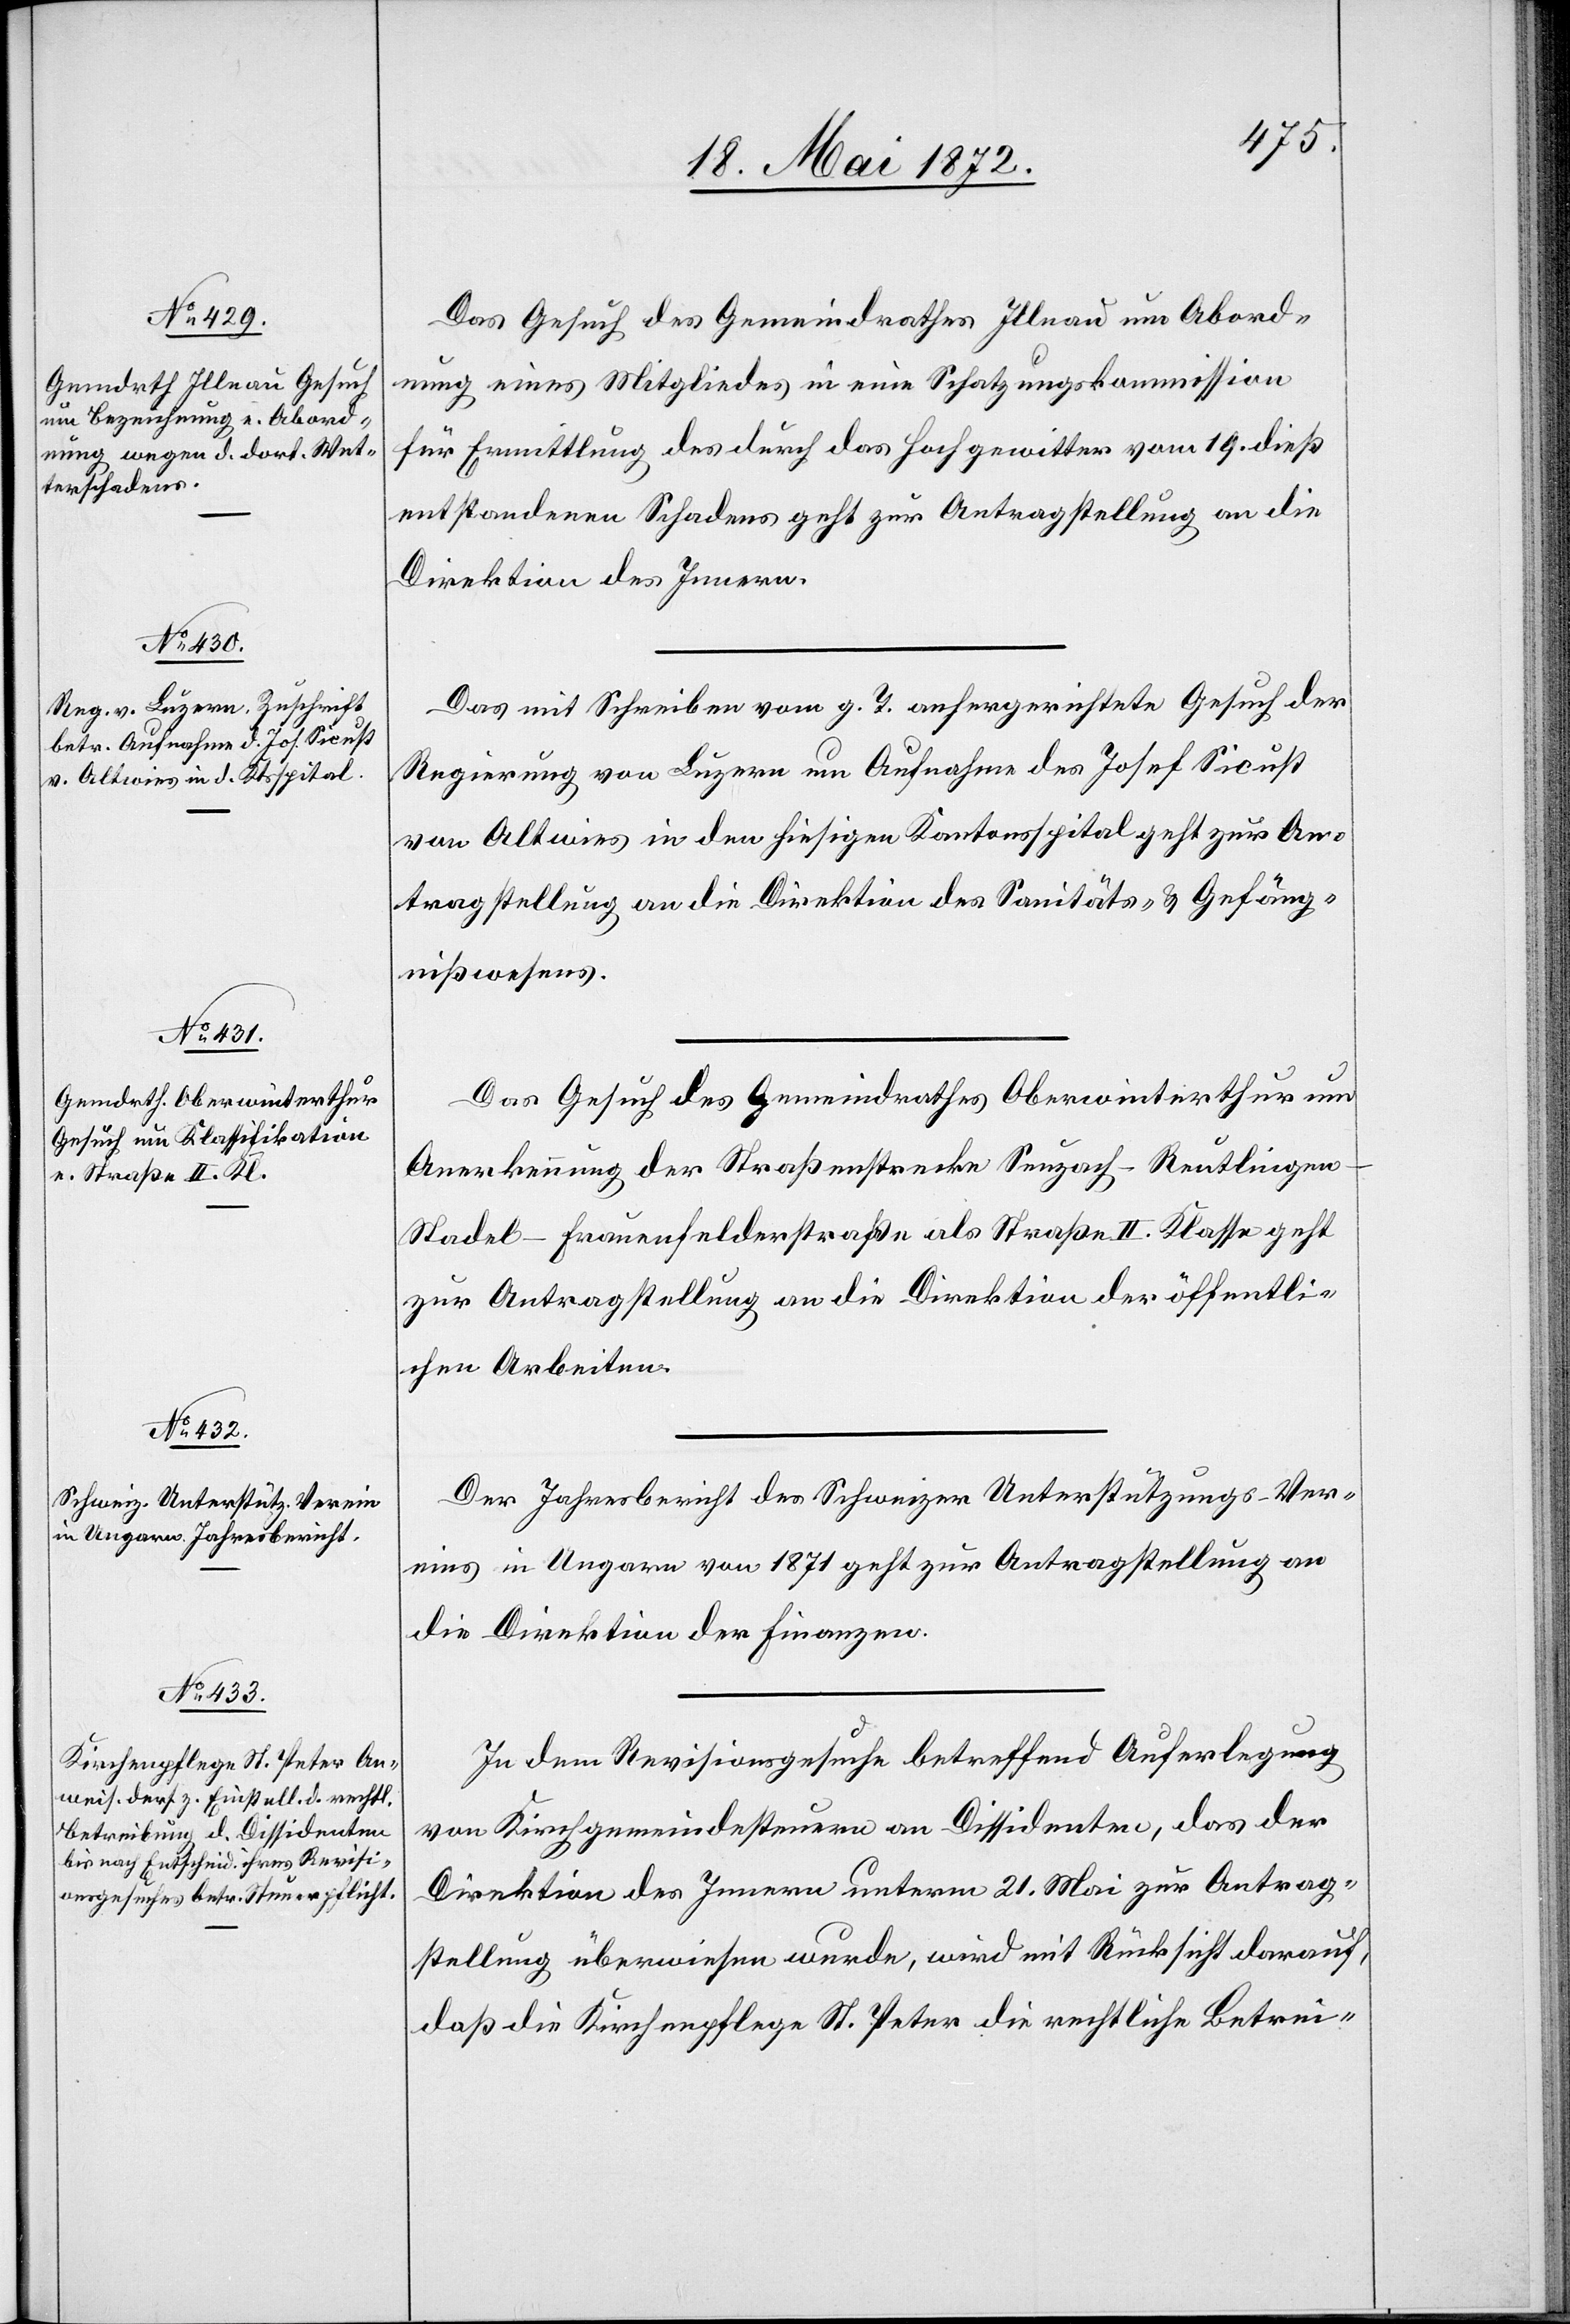
23. Mai 1872.]
Das Gesuch des Gemeindrathes Illnau um Abord¬
nung eines Mitgliedes in eine Schatzungskommission
für Ermittlung des durch das Hochgewitter vom 19. dieß
entstandenen Schadens geht zur Antragstellung an die
Direktion des Innern.
Das mit Schreiben vom g. T. anhergerichtete Gesuch der
Regierung von Luzern um Aufnahme des Josef Sicust
von Altwies in den hiesigen Kantonsspital geht zur An¬
tragstellung an die Direktion des Sanitäts- u. Gefäng¬
nißwesens.
Das Gesuch des Gemeindrathes Oberwinterthur um
Anerkennung der Straßenstrecke Seuzach–Reutlingen–S¬
tadel–Frauenfelderstraße als Straße II. Klasse geht
zur Antragstellung an die Direktion der öffentli¬
chen Arbeiten.
Der Jahresbericht des Schweizer Unterstützungs-Ver¬
eines in Ungarn von 1871 geht zur Antragstellung an
die Direktion der Finanzen.
In dem Revisionsgesuche betreffen Auferlegung
von Kirchgemeindesteuern an Dissidenten, das der
Direktion des Innern unterm 21. Mai zur Antrag¬
stellung überwiesen wurde, wird mit Rücksicht darauf,
daß die Kirchenpflege St. Peter die rechtliche Betrei-